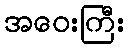
အဝေးကြီး